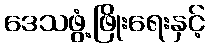
ဒေသဖွံ့ဖြိုးရေးနှင့်